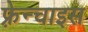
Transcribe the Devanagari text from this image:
फ़्रेन्चाइस